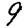
Digit: 9